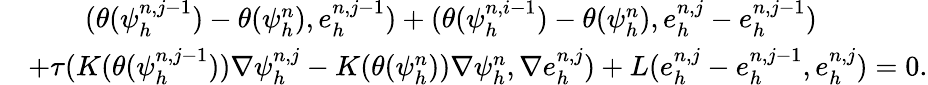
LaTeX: \begin{array}{rl}&{\quad\quad(\theta(\psi_{h}^{n,j-1})-\theta(\psi_{h}^{n}),e_{h}^{n,j-1})+(\theta(\psi_{h}^{n,i-1})-\theta(\psi_{h}^{n}),e_{h}^{n,j}-e_{h}^{n,j-1})}\\ &{+\tau(K(\theta(\psi_{h}^{n,j-1}))\nabla\psi_{h}^{n,j}-K(\theta(\psi_{h}^{n}))\nabla\psi_{h}^{n},\nabla e_{h}^{n,j})+L(e_{h}^{n,j}-e_{h}^{n,j-1},e_{h}^{n,j})=0.}\end{array}